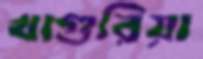
খাগুরিয়া